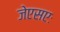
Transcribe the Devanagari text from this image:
जेएसएः